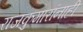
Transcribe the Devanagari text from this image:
राजकुमारांनाही